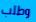
وطلب